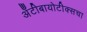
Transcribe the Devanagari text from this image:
अँटीबायोटीक्सचा